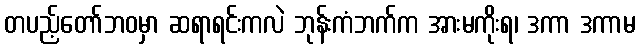
တပည့်တော်ဘဝမှာ ဆရာရင်းကလဲ ဘုန်းကံဘက်က အားမကိုးရ၊ ဒကာ ဒကာမ